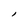
Character: l